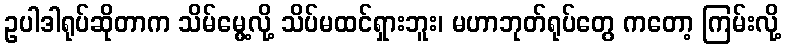
ဥပါဒါရုပ်ဆိုတာက သိမ်မွေ့လို့ သိပ်မထင်ရှားဘူး၊ မဟာဘုတ်ရုပ်တွေ ကတော့ ကြမ်းလို့